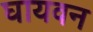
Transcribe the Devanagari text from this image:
घायवन